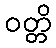
ဝတ္တိ